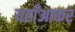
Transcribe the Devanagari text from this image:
यहाँआकर